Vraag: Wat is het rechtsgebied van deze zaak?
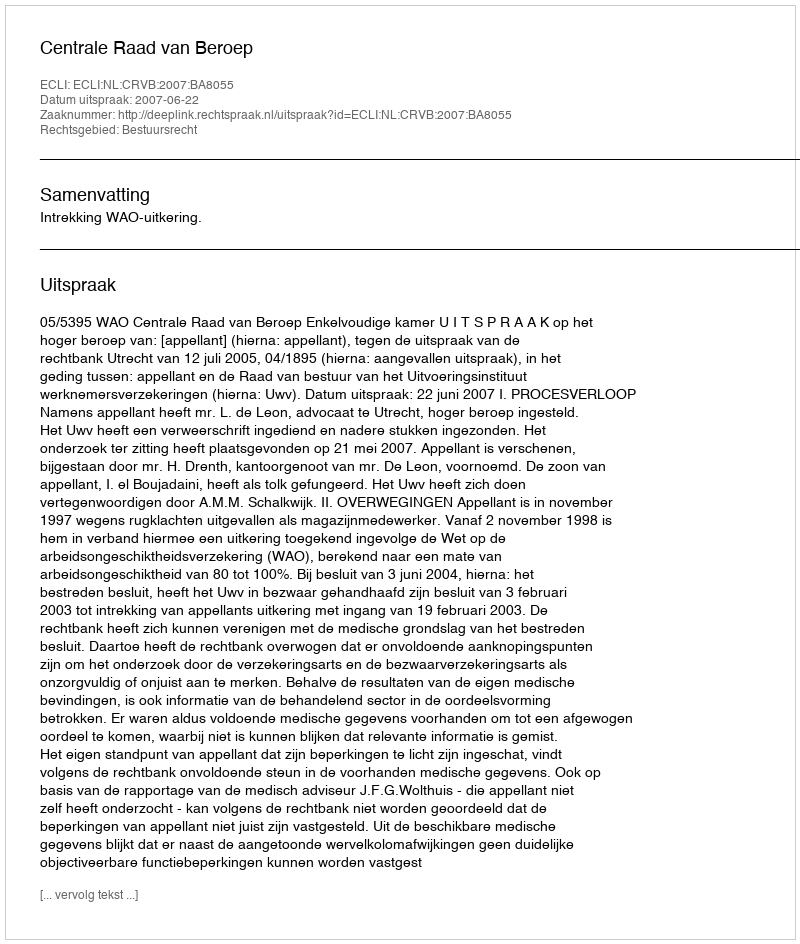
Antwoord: Bestuursrecht